Investigations into the jail dietaries of the United Provinces with some observations on the influence of dietary on the physical development and well-being of the people of the United Provinces - Number 48
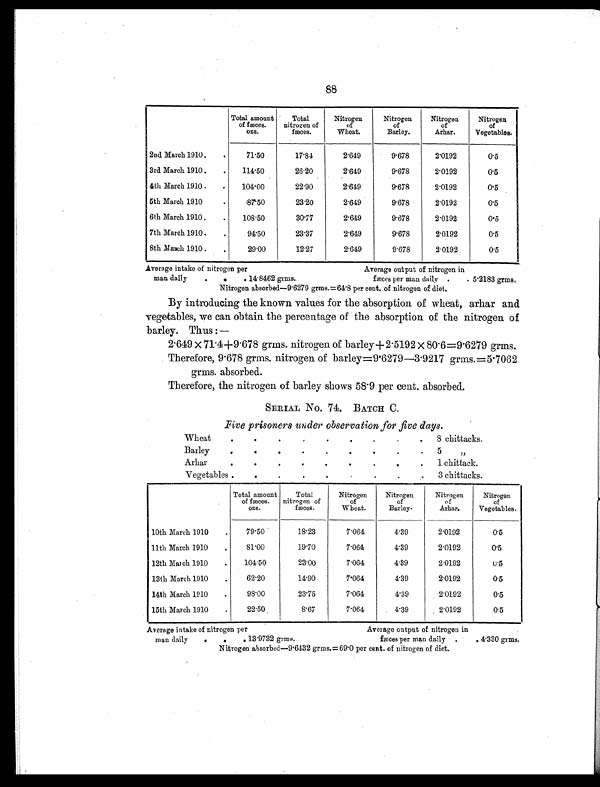
88
Total amount
of fæces.
ozs.
Total
nitrogen of
fæces.
Nitrogen
of
Wheat.
Nitrogen
of
Barley.
Nitrogen
of
Arhar.
Nitrogen
of
Vegetables.
2nd March 1910
.
.
71.50
17.84
2.649
9.678
2.0192
0.5
3rd March 1910 .
.
114.50
26.20
2.649
9.678
2.0192
0.5
4th March 1910 .
.
104.00
22.90
2.649
9.678
2.0192
0.5
5th March 1910 .
.
87.50
23.20
2.649
9.678
2.0192
0.5
6th March 1910 .
.
108.50
30.77
2.649
9.678
2.0192
0.5
7th March 1910 .
.
94.50
23.37
2.649
9.678
2.0192
0.5
8th March 1910 .
.
29.00
12.27
2.649
9.678
2.0192
0.5
Average intake of nitrogen per
Average output of nitrogen in
man daily
.
.
. 14.8462 grms.
fæces per man daily .
. 5.2183 grms.
Nitrogen absorbed—9.6279 grms.= 64.8 per cent. of nitrogen of diet.
By introducing the known values for the absorption of wheat, arhar and
vegetables, we can obtain the percentage of the absorption of the nitrogen of
barley. Thus:—
2 . 649 × 71.4+9 . 678 grms. nitrogen of barley+ 2 . 5192 × 80 . 6=9.6279 grms.
Therefore, 9.678 grms. nitrogen of barley=9.6279—3 . 9217 grms.=5.7062
grms. absorbed.
Therefore, the nitrogen of barley shows 58.9 per cent. absorbed.
SERIAL NO. 74. BATCH C.
Five prisoners under observation for five days.
Wheat
.
.
.
.
.
.
.
.
.
8 chittacks.
Barley
.
.
.
.
.
.
.
.
. 5 „
Arhar
.
.
.
.
.
.
.
.
.
1 chittack.
Vegetables .
.
.
.
.
.
.
.
.
3 chittacks.
Total amount
of fæces.
o z s .
Total
nitrogen of
fæces.
Nitrogen
of
Wheat.
Nitrogen
of
Barley.
Nitrogen
of
Arhar.
Nitrogen
of
Vegetables.
10th March 1910 .
79.50
18.23
7.064
4.39
2.0192
0.5
11th March 1910
.
81.00
19.70
7.064
4.39
2.0192
0.5
12th March 1910
.
104.50
23.00
7.064
4.39
2.0192
0.5
13th March 1910
.
62.20
14.90
7.064
4.39
2.0192
0.5
14th March 1910
.
98.00
23.75
7.064
4.39
2.0192
0.5
15th March 1910
.
22.50
8.67
7.064
4.39
2.0192
0.5
Average intake of nitrogen per
Average output of nitrogen in
man daily
.
.
. 13.9732 grms.
fæces per man daily .
. 4.330 grms.
Nitrogen absorbed—9.6432 grms.=69.0 per cent. of nitrogen of diet.